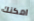
امكنك